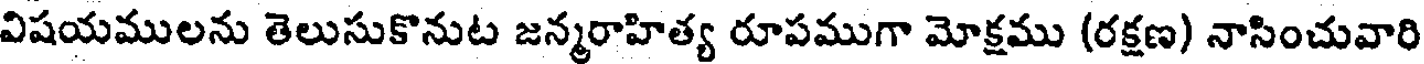
విషయములను తెలుసుకొనుట జన్మరాహిత్య రూపముగా మోక్షము (రక్షణ) నాసించువారి